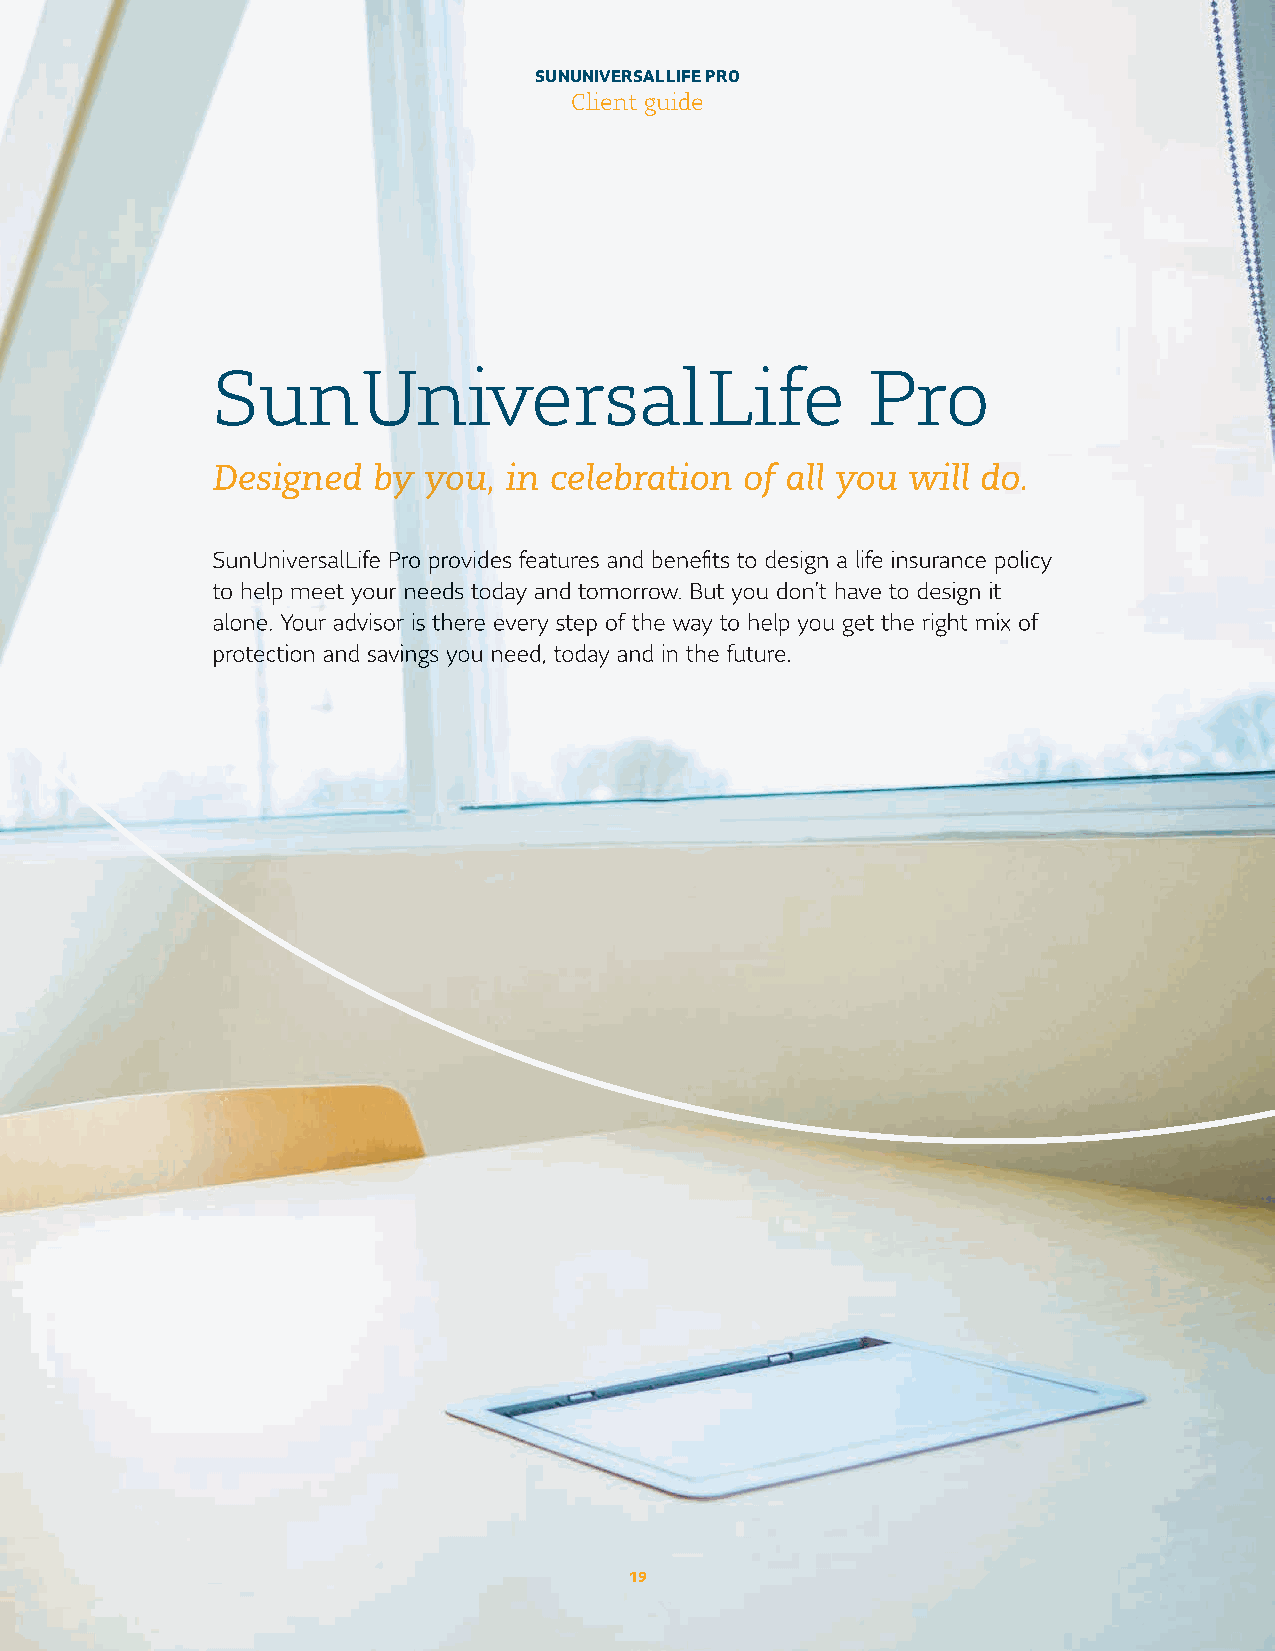
SUN UNIVERSAL LIFE PRO
 Client guide
 SSSuuunnn UUUnnniiivvveeerrrsssaaalll LLLiiifffeee PPPrrrooo
 DDDeeesssiiigggnnneeeddd bbbyyy yyyooouuu,,, iiinnn ccceeellleeebbbrrraaatttiiiooonnn ooofff aaallllll yyyooouuu wwwiiillllll dddooo...
 SSSuuunnn UUUnnniiivvveeerrrsssaaalll LLLiiifffeee PPPrrrooo ppprrrooovvviiidddeeesss fffeeeaaatttuuurrreeesss aaannnddd bbbeeennneeefififi tttsss tttooo dddeeesssiiigggnnn aaa llliiifffeee iiinnnsssuuurrraaannnccceee pppooollliiicccyyy
 tttooo hhheeelllppp mmmeeeeeettt yyyooouuurrr nnneeeeeedddsss tttooodddaaayyy aaannnddd tttooommmooorrrrrrooowww... BBBuuuttt yyyooouuu dddooonnn’’’ttt hhhaaavvveee tttooo dddeeesssiiigggnnn iiittt
 aaalllooonnneee... YYYooouuurrr aaadddvvviiisssooorrr iiisss ttthhheeerrreee eeevvveeerrryyy sssttteeeppp ooofff ttthhheee wwwaaayyy tttooo hhheeelllppp yyyooouuu gggeeettt ttthhheee rrriiiggghhhttt mmmiiixxx ooofff
 ppprrrooottteeeccctttiiiooonnn aaannnddd sssaaavvviiinnngggsss yyyooouuu nnneeeeeeddd,,, tttooodddaaayyy aaannnddd iiinnn ttthhheee fffuuutttuuurrreee...
 19